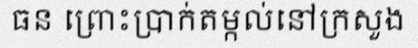
ធន ព្រោះប្រាក់តម្កល់នៅក្រសួង